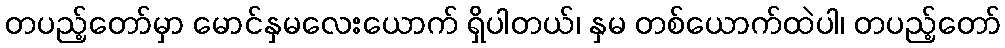
တပည့်တော်မှာ မောင်နှမလေးယောက် ရှိပါတယ်၊ နှမ တစ်ယောက်ထဲပါ၊ တပည့်တော်